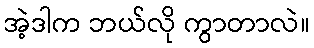
အဲ့ဒါက ဘယ်လို ကွာတာလဲ။